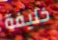
خليفة